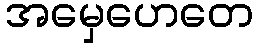
အမှေဟေတေ